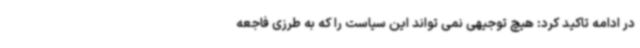
در ادامه تاکید کرد: هیچ توجیهی نمی تواند این سیاست را که به طرزی فاجعه